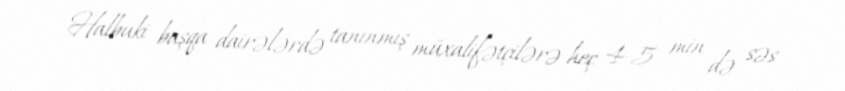
Halbuki başqa dairələrdə tanınmış müxalifətçilərə heç 4-5 min də səs